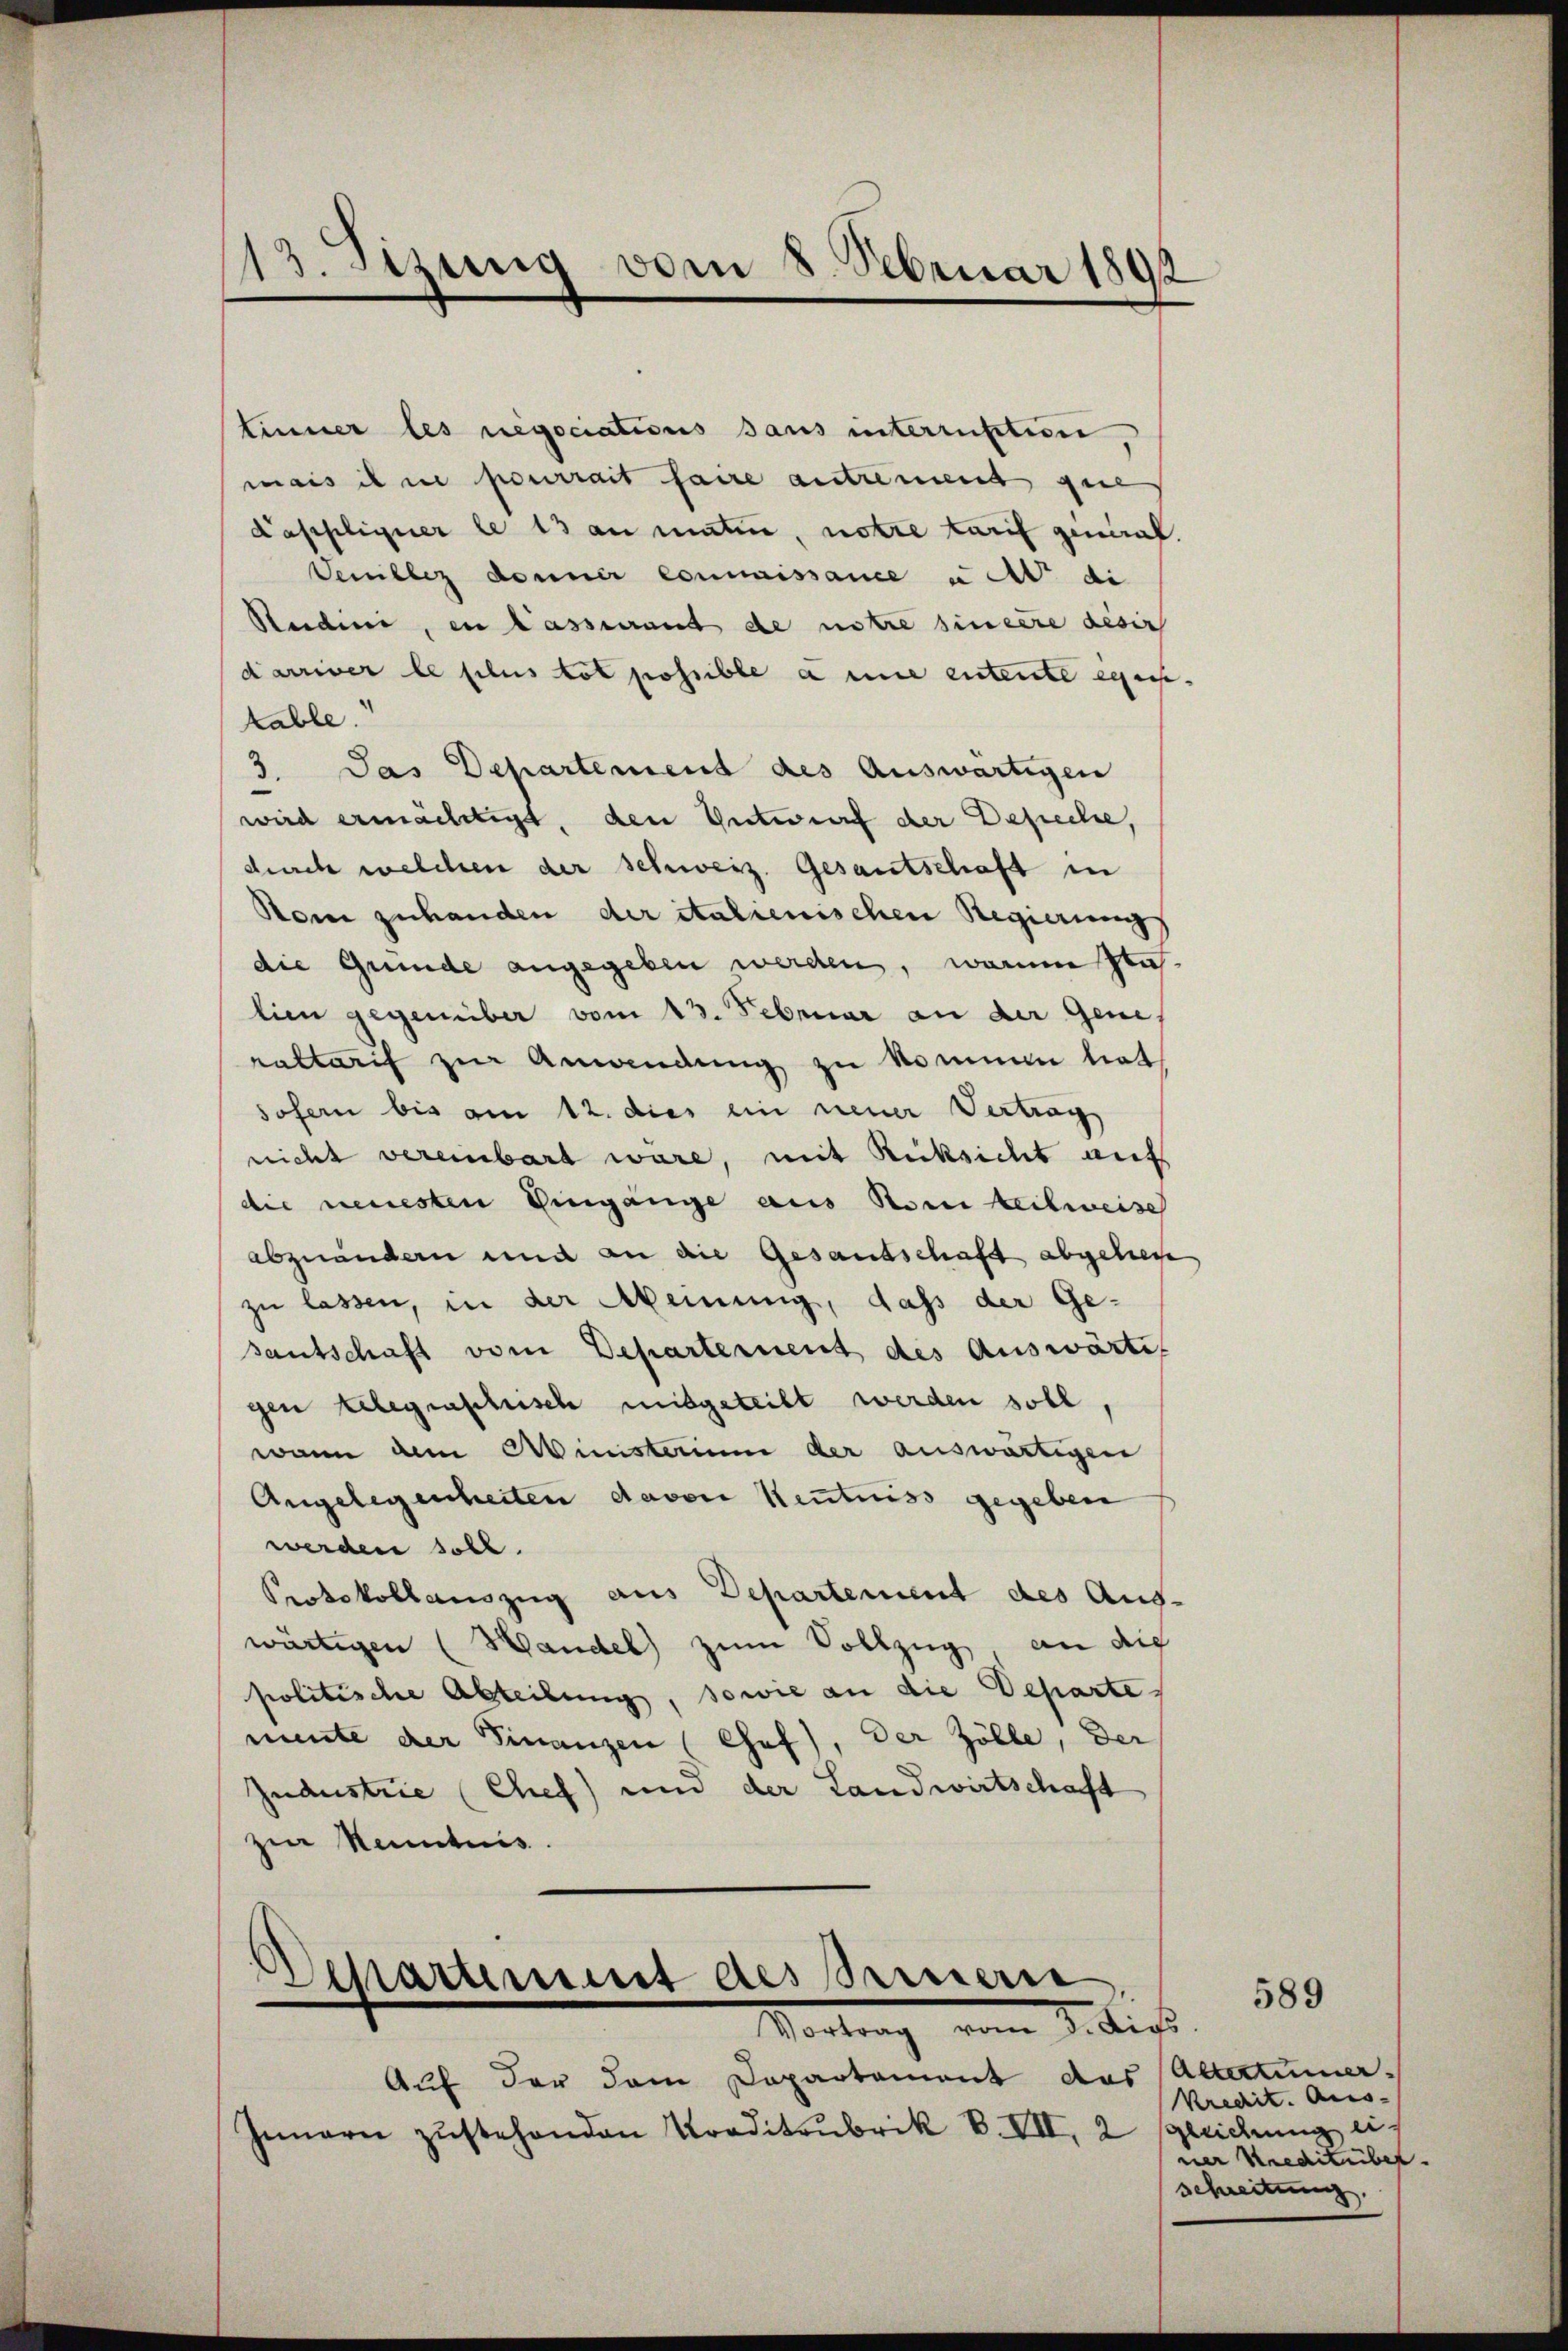
13. Setzung von 8. Februar 1892

Linner les negociations sans interruption,
mais il ne pourrait faire autrement gene
Dappliquer le 13 an matin, notre tarif gemal,
Venillez donner Commissance u Abt di
Studini, en lassurant de notre sinere desi
darriver le plus tot possible a nie entente egens-
kable.
3. Das Departement des Auswärtigen
wird ermächtigt, den Entwurf der Depeche,
durch welchen der Schweiz. Gesantschaft in
Rom zuhanden der italienischen Regierung
die Gründe angegeben werden, warum stahlien gegenüber vom 13. Februar an der Gene
raltarif zur Amandung zu kommen liet,
sofern bis am 12. dies ein neuer Vertrag
nicht vereinbart wäre, mit Rücksicht aufs
die neuesten Eingänge aus Norikeilweise
abzuändern und an die Gesandschaft abgelese
zu lassen, in der Meinung, dass der Gesantschaft vom Departement des Auswärti
gen telegraschusch mitgeteilt werden soll
wann dem Ministerium der auswärtigen
Angelegenheiten davon Kentniss gegeben
werden soll.
Protokollauszug aus Departement des Aus-
wärtigen (Handel zum Vollzug an die
politische Abteilung, sowie an die Departemente der Finanzen (Chef), der Zölle, der
Jndustrie (Chef) und der Landwirtschaft
zi Kenntnis.

Departement des Seinern
Vortrag vom J. dies

Auf der dem Departement das actatumer-
Innern zŭstehenden Traditrubrik B. VII, 2

589

Kredit. Aus- |
gleichnung einer Kreditüber.
Schreitung.